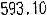
593.10